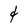
Character: 4